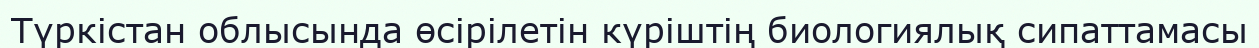
Түркістан облысында өсірілетін күріштің биологиялық сипаттамасы